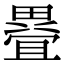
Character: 疂